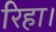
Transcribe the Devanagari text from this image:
रिहा।